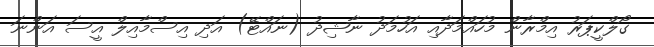
ގޯލްކީޕަރު އިމްރާން މުހައްމަދާއި އަހުމަދު ނާޝިދު (ނައްޓޭ) އަދި އިސްމާއިލް އީސަ އަންނަ